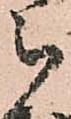
被